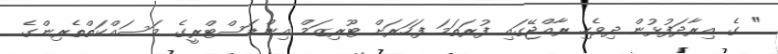
" ގެ އިރާދަފުޅުން ދިވެހި ރާއްޖޭގައި ފުރަތަމަ ފަހަރަށް ޓޫރިޒަމް އިންޑަސްޓްރީގެ މަސައްކަތްތެރިންގެ